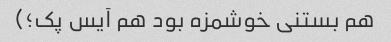
هم بستنی خوشمزه بود هم آیس پک؛)